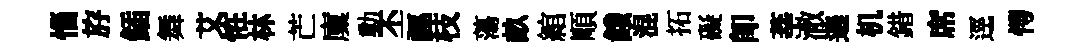
惱斿鍤舞艾恠林芒廩動丕誣枝蕩畝綰順餓混拓礙即莘澈邉机錯席逕愕